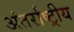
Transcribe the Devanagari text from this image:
अंतर्राष्ट्रीय